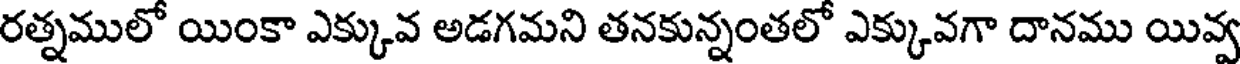
రత్నములో యింకా ఎక్కువ అడగమని తనకున్నంతలో ఎక్కువగా దానము యివ్వ